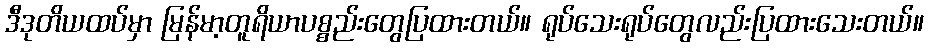
ဒီဒုတိယထပ်မှာ မြန်မာ့တူရိယာပစ္စည်းတွေပြထားတယ်။ ရုပ်သေးရုပ်တွေလည်းပြထားသေးတယ်။